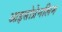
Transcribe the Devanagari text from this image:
आइसोप्रेनलिन